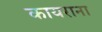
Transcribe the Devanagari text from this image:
कायराना